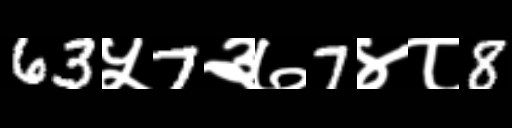
Text: 63५7३७7४८8